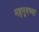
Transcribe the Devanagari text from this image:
महमुदच्या